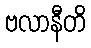
ဗလာနီတိ